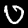
Digit: 0